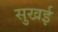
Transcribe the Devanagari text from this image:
सुखई